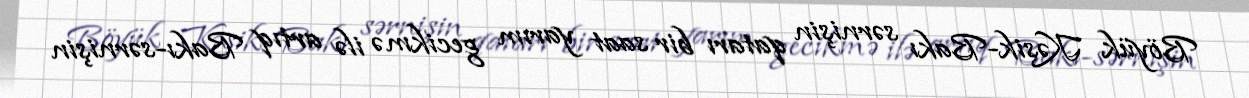
Böyük Kəsik-Bakı sərnişin qatarı bir saat yarım gecikmə ilə artıq Bakı-sərnişin